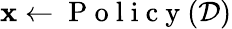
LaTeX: \mathbf{x}\gets\mathrm{~P~o~l~i~c~y~}(\mathcal{D})